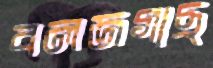
বলজগাছ